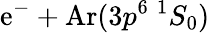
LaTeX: \mathrm{e}^{-}+\mathrm{{Ar}}(3p^{6}\ ^{1}S_{0})